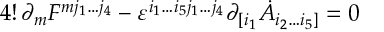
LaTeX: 4 ! \, \partial _ { m } F ^ { m j _ { 1 } \dots j _ { 4 } } - \varepsilon ^ { i _ { 1 } \dots i _ { 5 } j _ { 1 } \dots j _ { 4 } } \partial _ { [ i _ { 1 } } \dot { A } _ { i _ { 2 } \dots i _ { 5 } ] } = 0